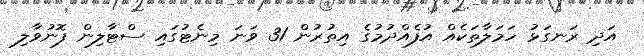
އަދި ރަނގަޅު ހަމަލާތަކެއް އުފެއްދުމުގެ އިތުރުން 31 ވަނަ މިނެޓުގައި ސްޓާލިން ފޮނުވާލި